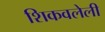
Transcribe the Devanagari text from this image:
शिकवलेली